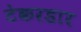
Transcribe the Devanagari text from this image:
टेकरडार